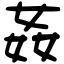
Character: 姦